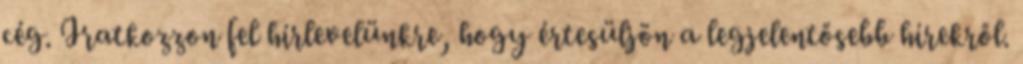
cég. Iratkozzon fel hírlevelünkre, hogy értesüljön a legjelentősebb hírekről.